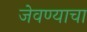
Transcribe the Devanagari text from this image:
जेवण्याचा